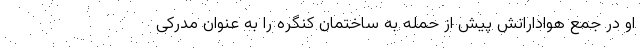
او در جمع هوادارانش پیش از حمله به ساختمان کنگره را به عنوان مدرکی